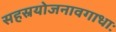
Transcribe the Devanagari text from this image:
सहस्रयोजनावगाधाः